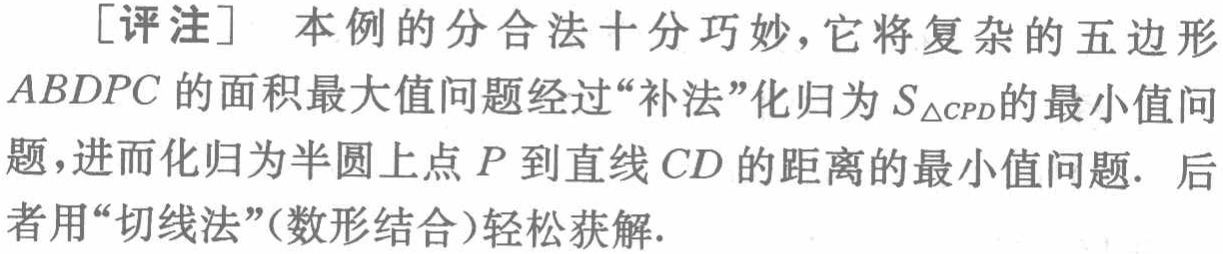
[评注] 本例的分合法十分巧妙，它将复杂的五边形\(AB DPC\)的面积最大值问题经过“补法”化归为\(S_{\triangle CPD}\)的最小值问题，进而化归为半圆上点\(P\)到直线\(CD\)的距离的最小值问题. 后者用“切线法”(数形结合)轻松获解.